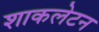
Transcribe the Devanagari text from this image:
शाकलेटन